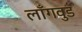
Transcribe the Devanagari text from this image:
लाँगवुड